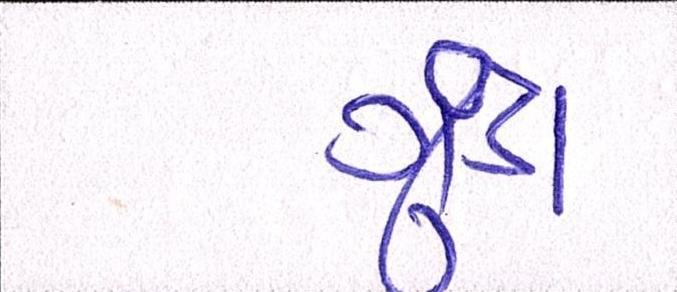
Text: ગુંડા